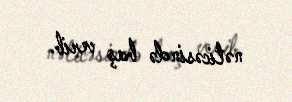
nəticəsində baş verib.